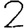
Digit: 2